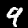
Label: 9